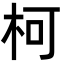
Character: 柯